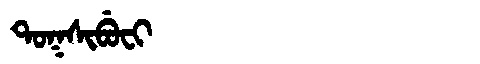
Manchu: ᡨᠣᡴᠰᡳᠪᡠᠸᡳ
Romanization: TOKSIBUFI